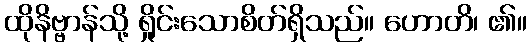
ထိုနိဗ္ဗာန်သို့ ရှိုင်းသောစိတ်ရှိသည်။ ဟောတိ၊ ၏။